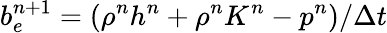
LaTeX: b_{e}^{n+1}=(\rho^{n}h^{n}+\rho^{n}K^{n}-p^{n})/\Delta t